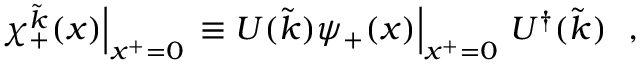
\chi _ { + } ^ { \tilde { k } } ( x ) { \Bigl \vert } _ { x ^ { + } = 0 } \, \equiv U ( \tilde { k } ) \psi _ { + } ( x ) { \Bigl \vert } _ { x ^ { + } = 0 } ~ U ^ { \dagger } ( \tilde { k } ) ~ ~ ,